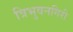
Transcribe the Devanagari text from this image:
त्रिभुवनगिरी